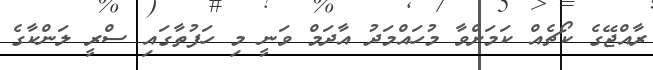
ރާއްޖޭގެ ކޯޗެއް ކަމަށްވާ މުހައްމަދު އާދަމް ވަނީ މި ހަފުތާގައި ސްރީ ލަންކާގެ